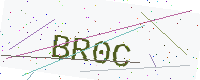
Text: BR0C